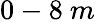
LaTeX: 0-8\ m